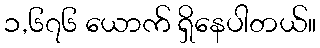
၁,၆၇၆ ယောက် ရှိနေပါတယ်။